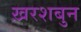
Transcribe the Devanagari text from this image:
ख़रशबुन